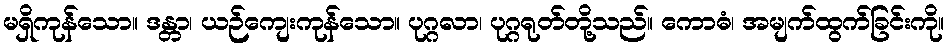
မရှိကုန်သော။ ဒန္တာ၊ ယဉ်ကျေးကုန်သော။ ပုဂ္ဂလာ၊ ပုဂ္ဂရုတ်တို့သည်။ ကောဓံ၊ အမျက်ထွက်ခြင်းကို။